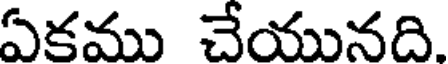
ఏకము చేయునది.